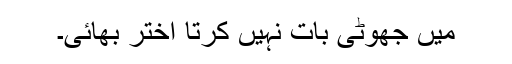
میں جھوٹی بات نہیں کرتا اختر بھائی۔